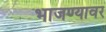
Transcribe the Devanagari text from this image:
भाजण्यावर